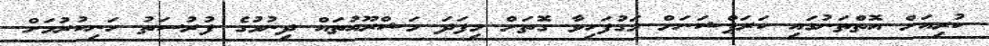
ކުރިއަށް އޮތްތަނުގައި ކަރަޕްޝަނަށް މަގުފަހިވާ ގޮތަށް މިފަދަ މަޝްރޫއުތައް ދިނުމުގެ ފުރުސަތު ހަނިކުރުމަށް